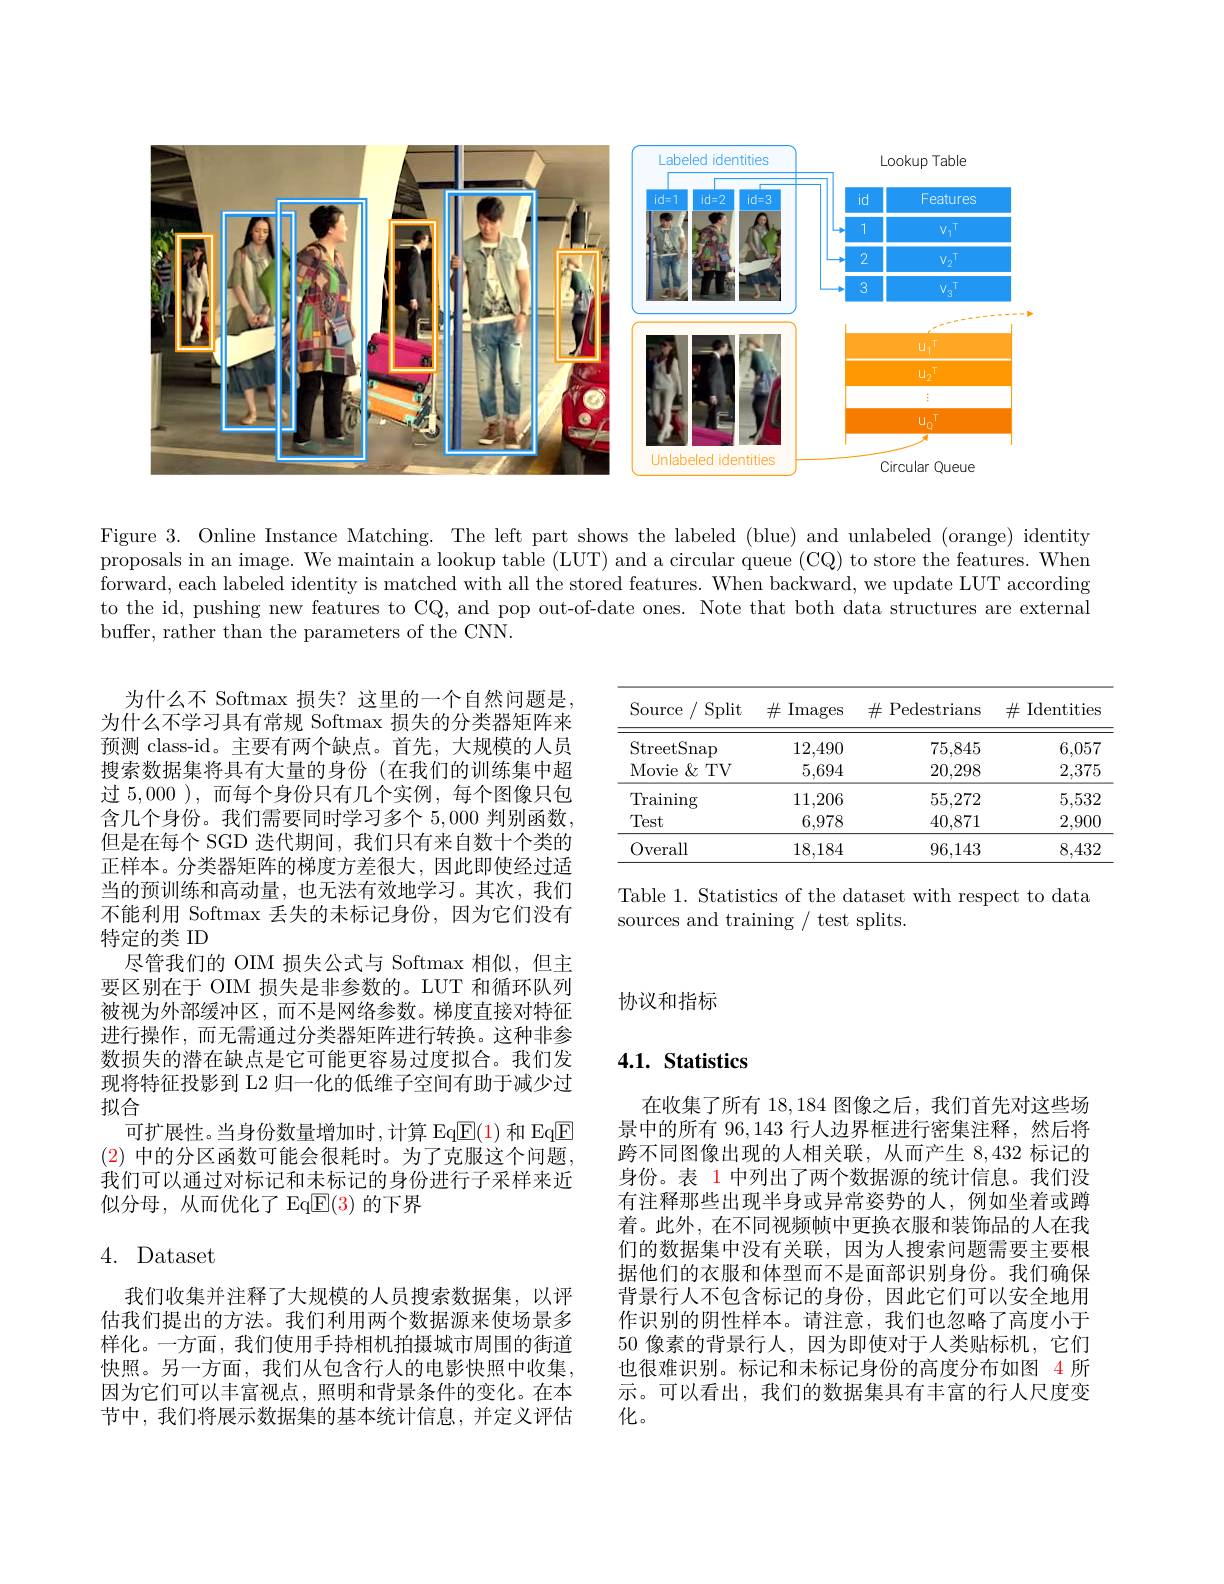
<FigureHere>

Figure 3. Online Instance Matching. The left part shows the labeled (blue) and unlabeled (orange) identity proposals in an image. We maintain a lookup table (LUT) and a circular queue (CQ) to store the features. When forward, each labeled identity is matched with all the stored features. When backward, we update LUT according to the id, pushing new features to CQ, and pop out-of-date ones. Note that both data structures are external buffer, rather than the parameters of the CNN.

<table>
	<tbody>
		<tr>
			<th>Source Split</th>
			<th>$\#$ Images </th>
			<th>$\#$ Pedestrians </th>
			<th>井 Identities</th>
		</tr>
		<tr>
			<td>StreetSnap</td>
			<td>12,490</td>
			<td>75,845</td>
			<td>6,057</td>
		</tr>
		<tr>
			<td>Movie $:\&$ $TV$ 1 1 </td>
			<td>5,694</td>
			<td>20,298</td>
			<td>2,375</td>
		</tr>
		<tr>
			<td>$\operatorname{Training}$</td>
			<td>11,206</td>
			<td>55,272</td>
			<td>5,532</td>
		</tr>
		<tr>
			<td>Test</td>
			<td>6,978</td>
			<td>40,871</td>
			<td>2,900</td>
		</tr>
		<tr>
			<td>Overall</td>
			<td>18,184</td>
			<td>96,143</td>
			<td>8,432</td>
		</tr>
	</tbody>
</table>

Table 1. Statistics of the dataset with respect to data
sources and training / test splits.

为什么不 Softmax 损失？这里的一个自然问题是为什么不学习具有常规 Softmax 损失的分类器矩阵来预测 class-id。主要有两个缺点。首先，大规模的人员搜索数据集将具有大量的身份(在我们的训练集中超过 5,000 ),而每个身份只有几个实例，每个图像只包含几个身份。我们需要同时学习多个 5,000 判别函数， 但是在每个 SGD 迭代期间，我们只有来自数十个类的正样本。分类器矩阵的梯度方差很大，因此即使经过适当的预训练和高动量，也无法有效地学习。其次，我们不能利用 Softmax 丢失的未标记身份，因为它们没有特定的类 ID
尽管我们的 OIM 损失公式与 Softmax 相似，但主要区别在于 OIM 损失是非参数的。LUT 和循环队列被视为外部缓冲区，而不是网络参数。梯度直接对特征进行操作，而无需通过分类器矩阵进行转换。这种非参数损失的潜在缺点是它可能更容易过度拟合。我们发现将特征投影到 L2 归一化的低维子空间有助于减少过拟合
可扩展性。当身份数量增加时，计算 Eq$\mathbb{E}(1)$和 Eq$\mathbb{E}$ (2)中的分区函数可能会很耗时。为了克服这个问题， 我们可以通过对标记和未标记的身份进行子采样来近似分母，从而优化了 Eq$\overline{\mathrm{E}}(3)$的下界

协议和指标

### $4. 1. \textbf{ Statistics}$

### 4. Dataset

在收集了所有 18,184 图像之后，我们首先对这些场景中的所有 96,143 行人边界框进行密集注释，然后将跨不同图像出现的人相关联，从而产生 8,432 标记的身份。表 1 中列出了两个数据源的统计信息。我们没有注释那些出现半身或异常姿势的人，例如坐着或蹲着。此外，在不同视频帧中更换衣服和装饰品的人在我们的数据集中没有关联，因为人搜索问题需要主要根据他们的衣服和体型而不是面部识别身份。我们确保背景行人不包含标记的身份，因此它们可以安全地用作识别的阴性样本。请注意，我们也忽略了高度小于50 像素的背景行人，因为即使对于人类贴标机，它们也很难识别。标记和未标记身份的高度分布如图 4 所示。可以看出，我们的数据集具有丰富的行人尺度变化。

我们收集并注释了大规模的人员搜索数据集，以评估我们提出的方法。我们利用两个数据源来使场景多样化。一方面，我们使用手持相机拍摄城市周围的街道快照。另一方面，我们从包含行人的电影快照中收集。因为它们可以丰富视点，照明和背景条件的变化。在本节中，我们将展示数据集的基本统计信息，并定义评估